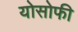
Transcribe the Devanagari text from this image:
योसोफी